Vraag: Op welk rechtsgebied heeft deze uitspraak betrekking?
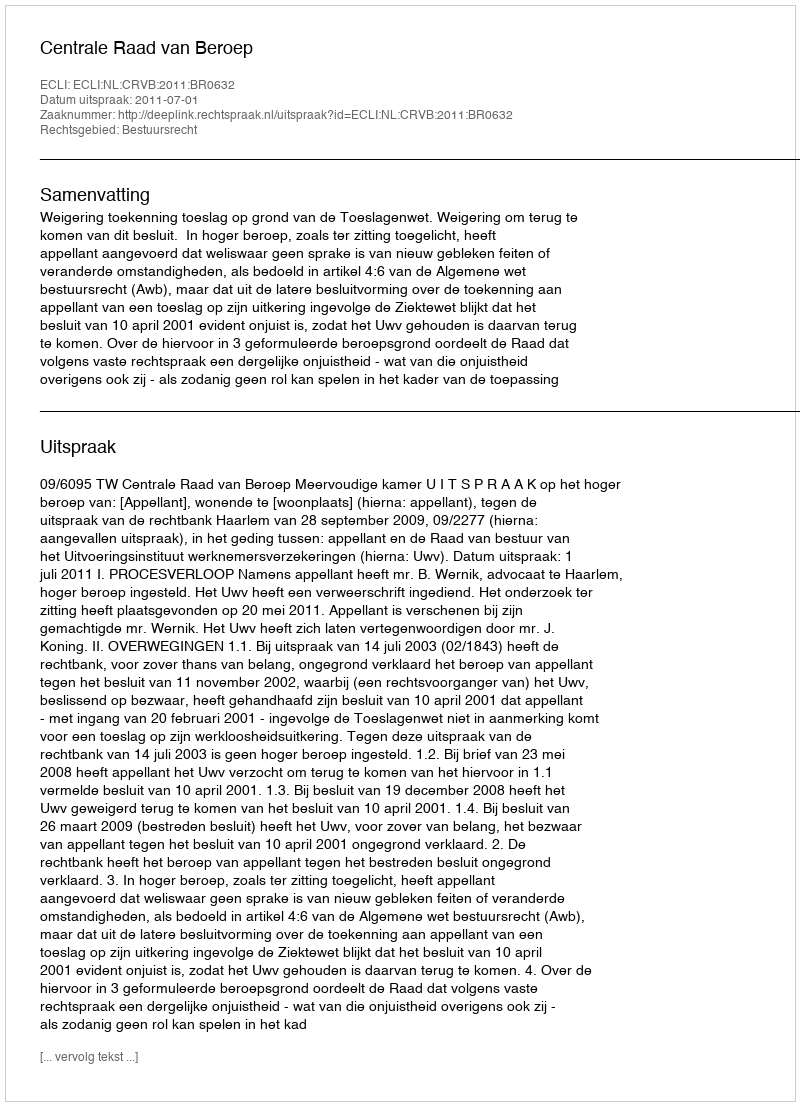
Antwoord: Bestuursrecht